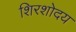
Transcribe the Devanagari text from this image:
शिरशोदय